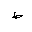
Letter: _da